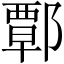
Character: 𨝸